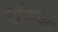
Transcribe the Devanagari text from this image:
दुर्गुणांचा